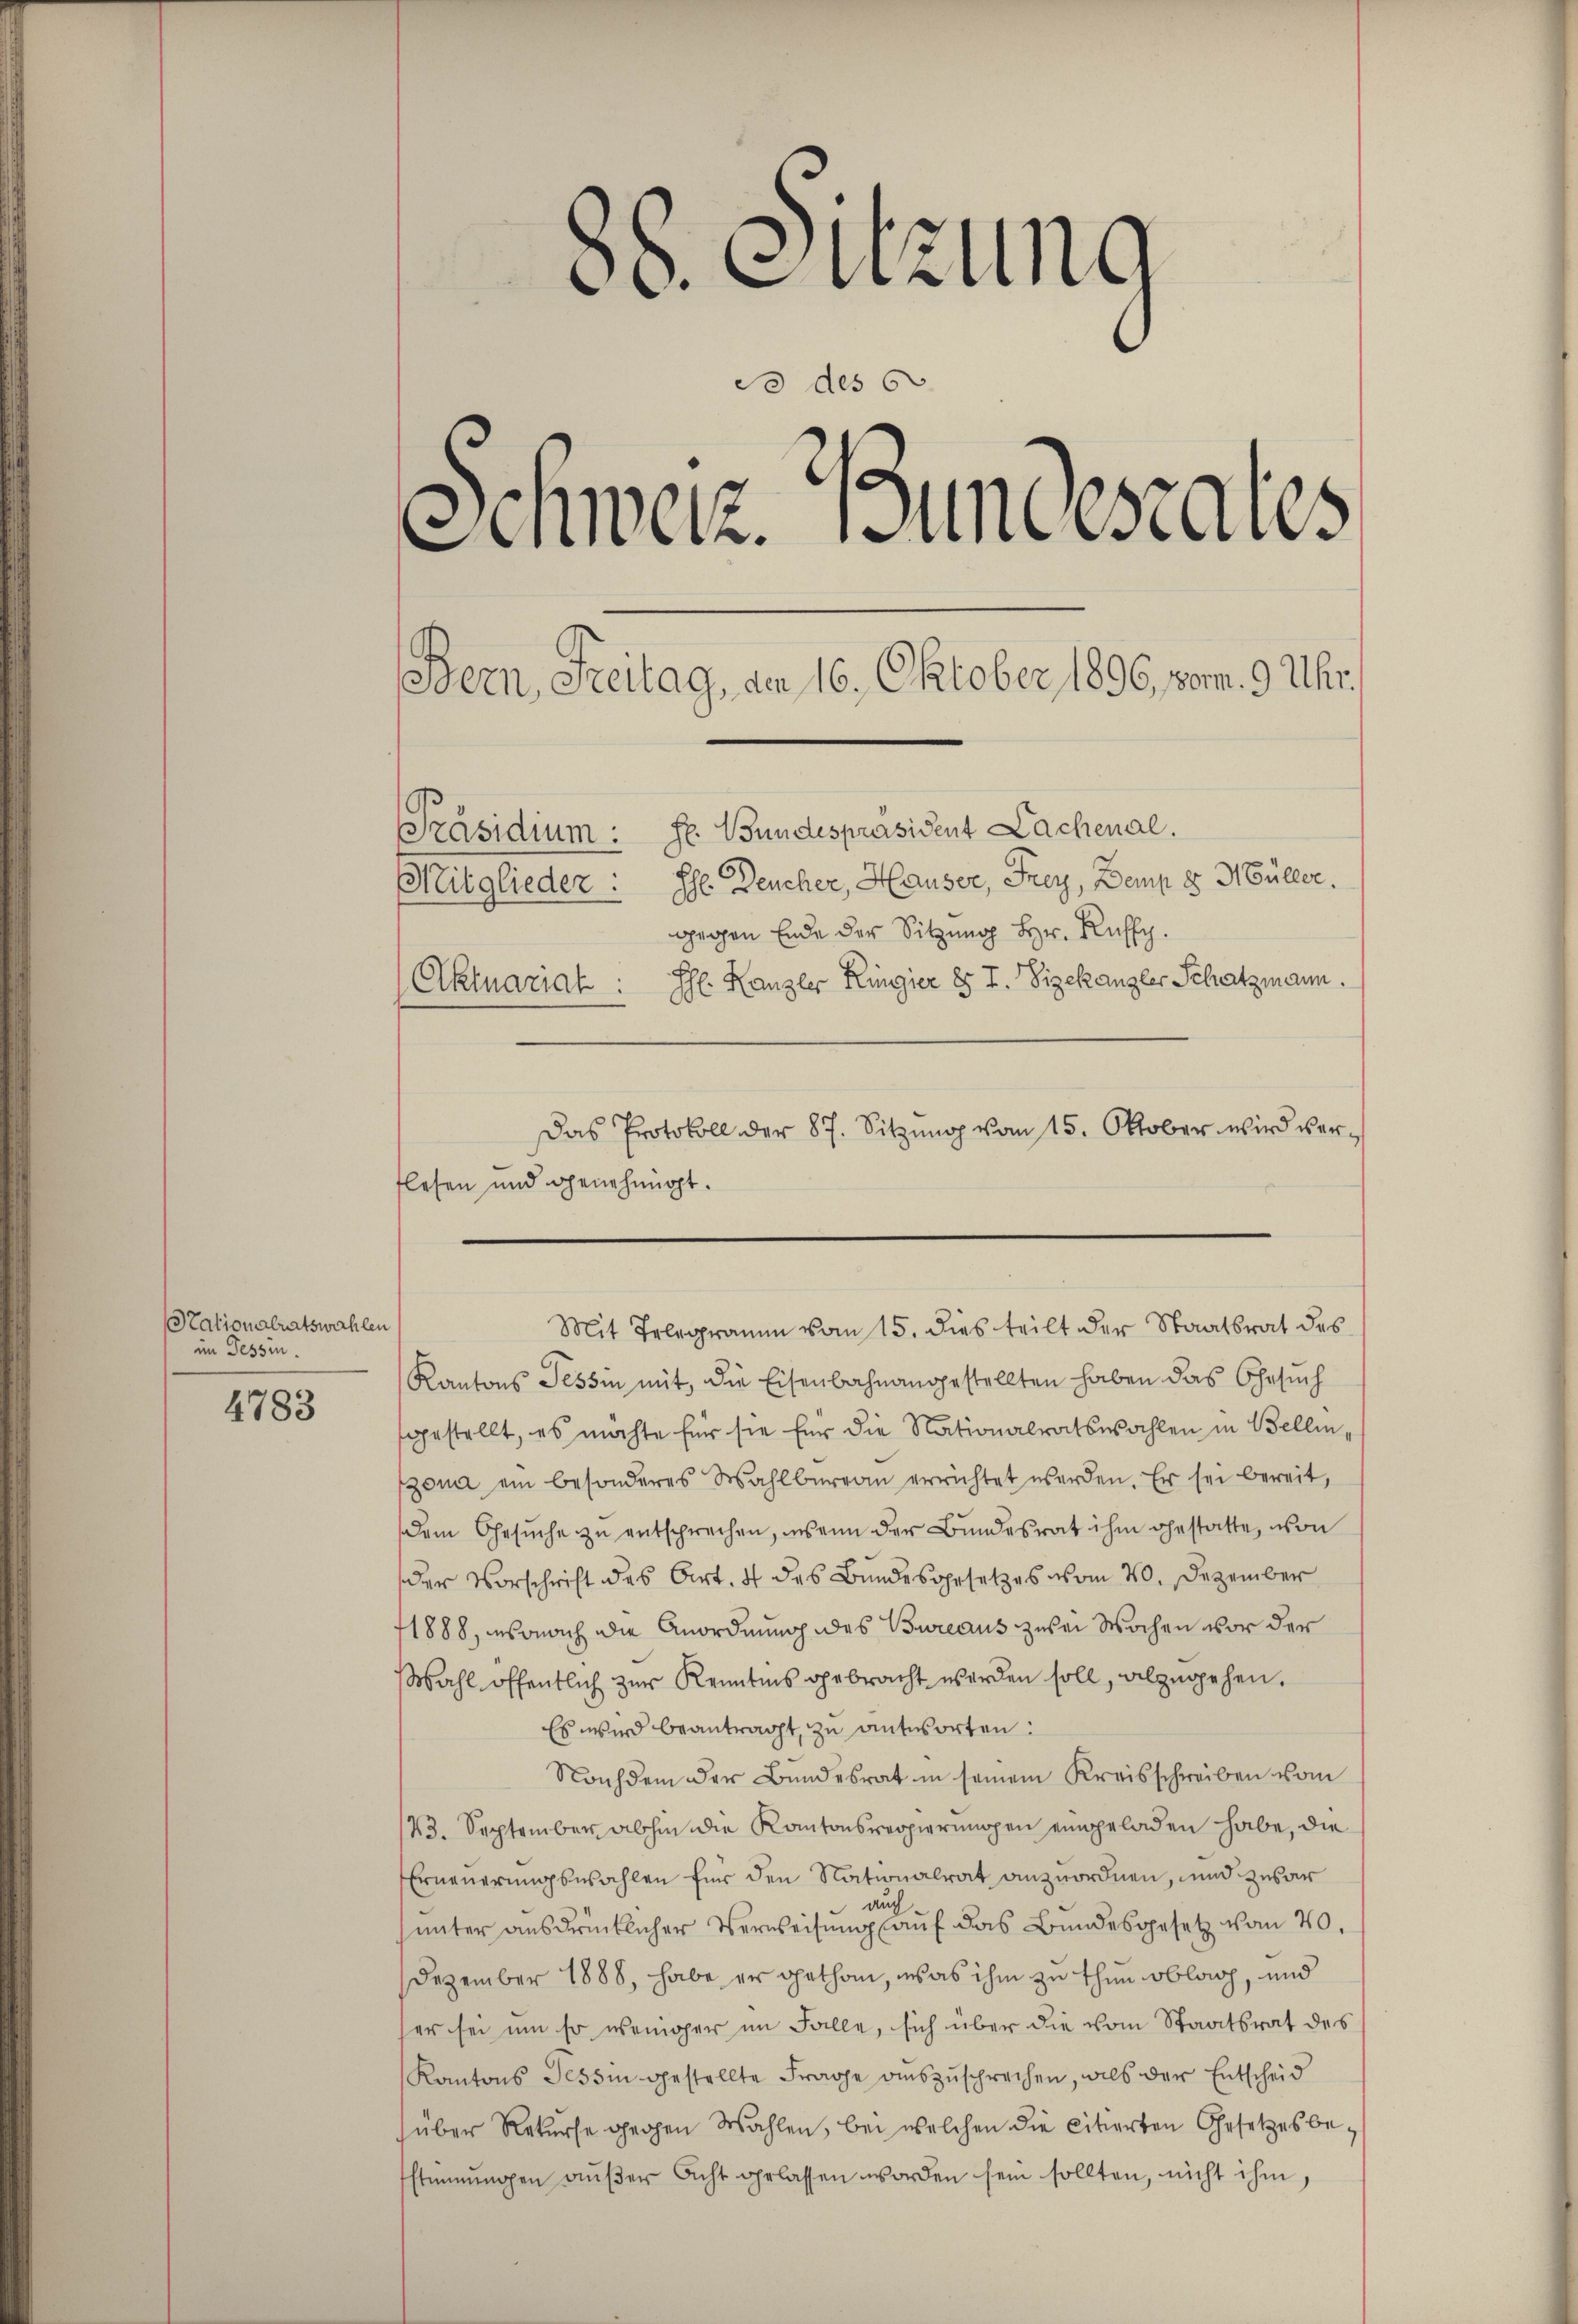
Stationalratswahlen
im Tessin

4783

88. Sitzung
3 des 60
Sinweiz. Bundesrates
Bern, Freitag, am 16. Oktober 1896, vom 9 Uhr.

Präsidium: Hr. Wundespräsident Lachenal.
Mitglieder: Ehe Deucher, Hauser, Frey, Benz v Müller.
gegen Ende der Sitzung Hr. Rüffy.
(Aktuariat: Ehe. Kanzler Ringier 85 J. Vizekanzler Schatzmann.
Das Protokoll der 87. Sitzŭng vom 15. Oktober wird verflesen und genehmigt.

Mit Telegramm vom 15. dies teilt der Staatsrat des

Kantons Tessin mit, die Eisenbahnangestellten haben das Gesuch
fgestellt, es möchte für sie für die Nationalratswahlen in Bellin,
zona ein besonderes Wahlbureau errichtet werden. Er sei bereit,
dem Gesŭche zŭ entsprechen, wenn der Bundesrat ihm gestatte, von
der Vorschrift des Art. 4 des Bundesgesetzes vom 20. Dezember
1888, wonach die Anordnung des Bureaus zwei Wochen vor der
Wahl öffentlich zur Kenntnis gebracht werden soll, allzugehen.
Es wird beantragt, zu antworten:
Nachdem der Bundesrat in seinem Kreisschreiben vom
143. September abhin die Kantonsrerpierungen eingeladen habe, die
Erneuerungswahlen für den Nationalrat anzuordnen, und zusar
Au
unter ausdrücklicher Verweisung auf das Bundesgesetz vom 20.
Dezember 1888, habe er gethan, was ihm zu thun oblag, und
ser sei um so weniger im Falle, sich über die vom Staatsrat des
Kantons Tessin gestellte Frage auszusprechen, wils der Entscheid
(über Rekurse gegen Wahlen, bei welchen die citierten Gesetzes bestimmungen aŭβer Acht gelassen worden sein sollten, nicht ihm,